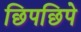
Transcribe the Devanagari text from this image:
छिपछिपे